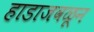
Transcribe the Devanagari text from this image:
हाडाजवळून